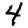
Digit: 4